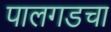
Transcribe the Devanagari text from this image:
पालगडचा